Annual report of the Punjab Veterinary College and of the Civil Veterinary Department, Punjab - 1909-1919
Year: 1909
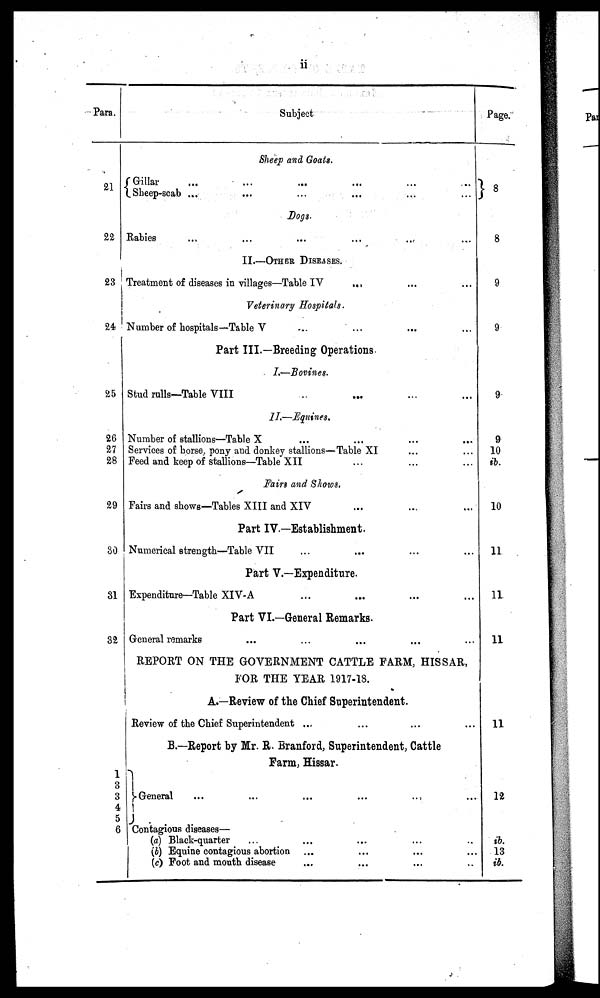
ii
Para.
21
22
23
24
25
26
27
28
29
30
31
32
1
3
3
4
5
6
Subject
Sheep and Goats.
Gillar … … … …
Sheep-scab ... … … … …
Dogs.
Rabies ... ... ... ...
II.—OTHER DISEASES.
Treatment of diseases in villages—Table IV ... … …
Veterinary Hospitals.
Number of hospitals—Table V … … …
Part III.—Breeding Operations.
I.—Bovines.
Stud rulls—Table VIII … … … …
II.—Equines.
Number of stallions—Table X … … … …
Services of horse, pony and donkey stallions—Table XI … …
Feed and keep of stallions—Table XII … … …
Fairs and Shows.
Fairs and shows—Tables XIII and XIV … … …
Part IV.—Establishment.
Numerical strength—Table VII … … … …
Part V.—Expenditure.
Expenditure—Table XIV-A … … … …
Part VI.—General Remarks.
General remarks … … … …
REPORT ON THE GOVERNMENT CATTLE FARM, HISSAR,
FOR THE YEAR 1917-18.
A.—Review of the Chief Superintendent.
Review of the Chief Superintendent ...
B.—Report by Mr. R. Branford, Superintendent, Cattle
Farm, Hissar.
General … … … …
Contagious diseases—
(a) Black-quarter … … … …
(b) Equine contagious abortion … … … …
(c) Foot and mouth disease … … … …
Page.
8
8
9
9
9
9
10
ib.
10
11
11
11
11
12
ib.
13
ib.